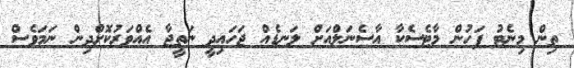
ތިން މިނެޓު ފަހުން މާޓެސެކާ އާސެނަލްއަށް ލަނޑެއް ޖަހައިދީ ނަތީޖާ އެއްވަރުކޮށްދިން ނަމަވެސް